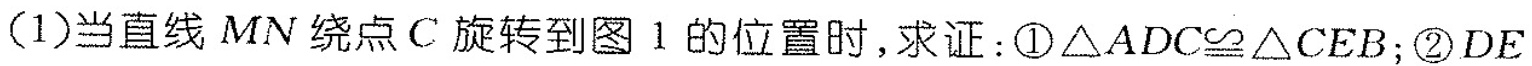
(1)当直线MN绕点C旋转到图1的位置时，求证：①$$\triangle ADC\cong \triangle CEB$$；②DE